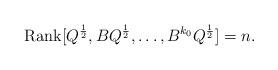
LaTeX: \begin{align*}\textrm{Rank}[Q^{\frac{1}{2}},BQ^{\frac{1}{2}},\dots, B^{k_0}Q^{\frac{1}{2}}]=n.\end{align*}